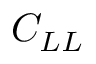
C _ { L L }